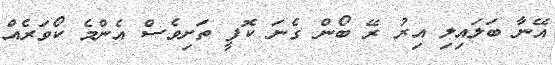
އޭނާ ބަލައިލި އިރު ރޭ ބޯން ގެނަ ކޮފީ ތަށިވެސް އެންމެ ކޯވަރެއް